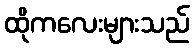
ထိုကလေးများသည်